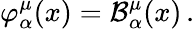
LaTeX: \varphi_{\alpha}^{\mu}(x)=\mathcal{B}_{\alpha}^{\mu}(x)\, .